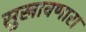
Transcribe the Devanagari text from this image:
सुखावणारा